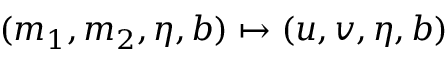
( m _ { 1 } , m _ { 2 } , \eta , b ) \mapsto ( u , v , \eta , b )